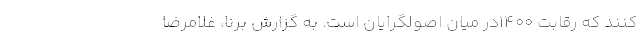
کنند که رقابت ۱۴۰۰در میان اصولگرایان است. به گزارش برنا، غلامرضا